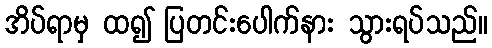
အိပ်ရာမှ ထ၍ ပြတင်းပေါက်နား သွားရပ်သည်။